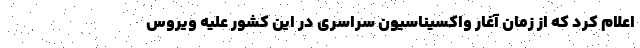
اعلام کرد که از زمان آغار واکسیناسیون سراسری در این کشور علیه ویروس